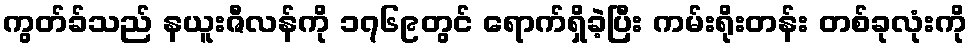
ကွတ်ခ်သည် နယူးဇီလန်ကို ၁၇၆၉တွင် ရောက်ရှိခဲ့ပြီး ကမ်းရိုးတန်း တစ်ခုလုံးကို